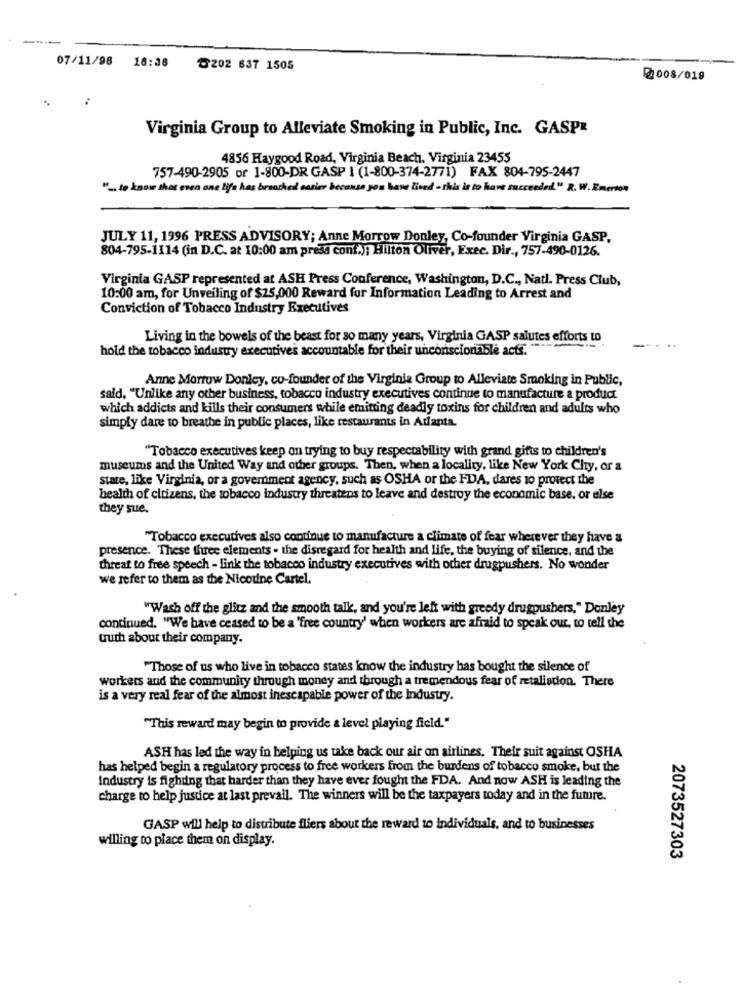
----
07/11/98
16:36
8202 637 1505
0008/019
:
Virginia Group to Alleviate Smoking in Public, Inc. GASPR
4856 Haygood Road, Virginia Beach, Virginia 23455
757-490-2905 or 1-800-DR GASP I (1-800-374-2771) FAX 804-795-2447
" .. to know that even one life has branched! carier because you have lived - this is to have succeeded." R. W. Emerton
JULY 11, 1996 PRESS ADVISORY; Anne Morrow Donley, Co-founder Virginia GASP,
804-795-1114 (in D.C. at 10:00 am press cont.); Hilton Oliver, Exec. Dir ., 757-490-0126.
Virginia GASP represented at ASH Press Conference, Washington, D.C ., Natl. Press Club,
10:00 am, for Unveiling of $25,000 Reward for Information Leading to Arrest and
Conviction of Tobacco Industry Executives
Living in the bowels of the beast for so many years, Virginia GASP salutes efforts to
hold the tobacco industry executives accountable for their unconscionable acts."
Anne Morrow Donley, co-founder of the Virginia Group to Alleviate Smoking in Public,
said, "Unlike any other business, tobacco industry executives continue to manufacture a product
which addicts and kills their consumers while emitting deadly toxins for children and adults who
simply dare to breathe in public places, like restaurants in Adianta.
"Tobacco executives keep on trying to buy respectability with grand gifts to children's
museums and the United Way and other groups. Then, when a locality, like New York Chy, or &
state, like Virginia, or a government agency, such as OSHA or the FDA, dares 10 protect the
health of citizens, the tobacco industry threatens to leave and destroy the economic base, or else
they sue.
"Tobacco executives also continue to manufacture a climate of fear wherever they have a
presence. These three elements . the disregard for health and life, the buying of silence, and the
threat to free speech - link the tobacco industry executives with other drugpushers. No wonder
we refer to them as the Nicotine Cartel.
"Wash off the glitz and the smooth talk, and you're left with greedy drugpushers," Donley
continued. "We have ceased to be a 'free country' when workers are afraid to speak out, to tell the
truth about their company.
"Those of us who live in tobacco states know the industry has bought the silence of
workers and the community through money and through a tremendous fear of retaliation. There
is a very real fear of the almost inescapable power of the Industry.
"This reward may begin to provide & level playing field."
ASH has led the way in helping us take back our air on airlines. Their suit against OSHA
has helped begin a regulatory process to free workers from the burdens of tobacco smoke, but the
Industry is fighting that harder than they have ever fought the FDA. And now ASH is leading the
charge to help justice at last prevail. The winners will be the taxpayers today and in the fumre.
GASP will help to distribute fliers about the reward to individuals, and to businesses
willing to place them on display.
2073527303